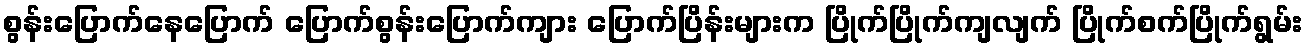
စွန်းပြောက်နေပြောက် ပြောက်စွန်းပြောက်ကျား ပြောက်ပြိန်းများက ပြိုက်ပြိုက်ကျလျက် ပြိုက်စက်ပြိုက်ရွမ်း